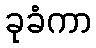
ခုခံကာ